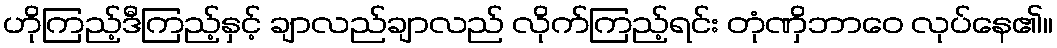
ဟိုကြည့်ဒီကြည့်နှင့် ချာလည်ချာလည် လိုက်ကြည့်ရင်း တုံဏှိဘာဝေ လုပ်နေ၏။